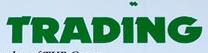
trading